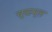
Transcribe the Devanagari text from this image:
चूकभूल